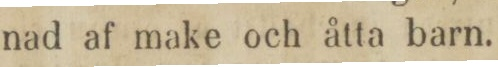
nad af make och åtta barn.